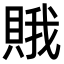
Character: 𧶕